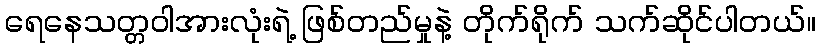
ရေနေသတ္တဝါအားလုံးရဲ့ ဖြစ်တည်မှုနဲ့ တိုက်ရိုက် သက်ဆိုင်ပါတယ်။